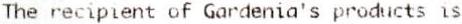
THE RECIPIENT OF GARDENIA'S PRODUCTS IS